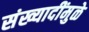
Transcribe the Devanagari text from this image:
संख्यादींमुळे